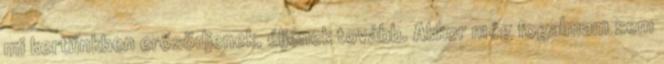
mi kertünkben erősödjenek, éljenek tovább. Akkor még fogalmam sem